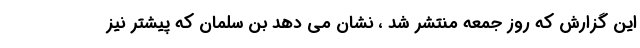
این گزارش که روز جمعه منتشر شد ، نشان می دهد بن سلمان که پیشتر نیز